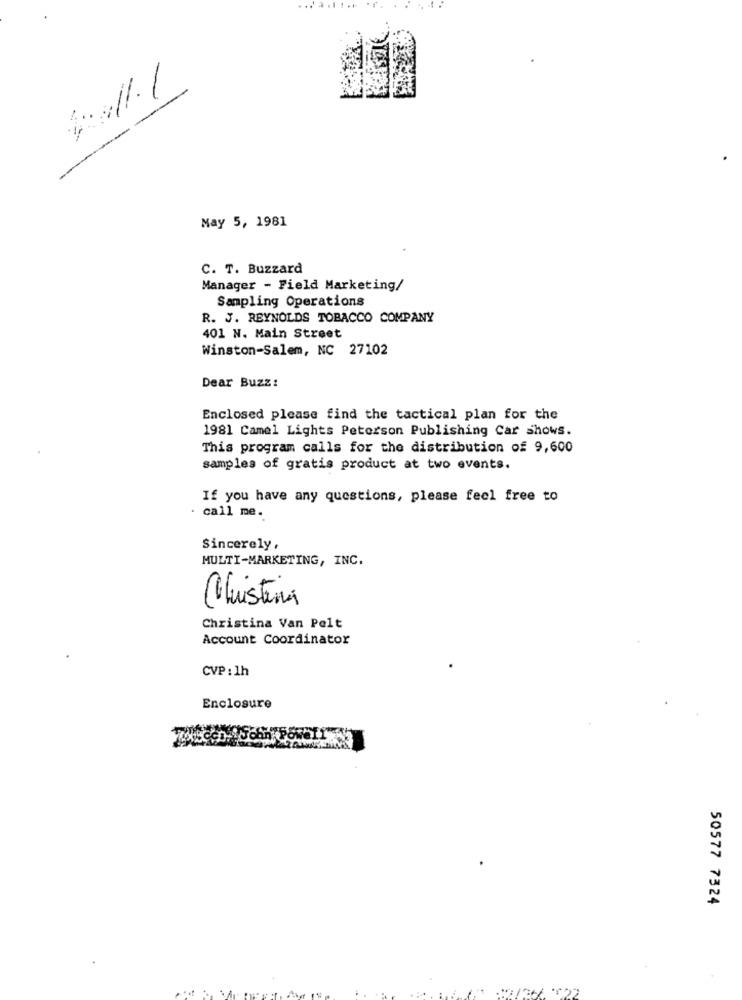
-
May 5, 1981
C. T. Buzzard
Manager - Field Marketing/
Sampling Operations
R. J. REYNOLDS TOBACCO COMPANY
401 N. Main Street
Winston-Salem, NC 27102
Dear Buzz:
Enclosed please find the tactical plan for the
1981 Camel Lights Peterson Publishing Car shows.
This program calls for the distribution of 9,600
samples of gratis product at two events.
If you have any questions, please feel free to
. call me.
Sincerely,
MULTI-MARKETING, INC.
Christina
Christina Van Pelt
Account Coordinator
CVP : 1h
Enclosure
50577 7324